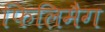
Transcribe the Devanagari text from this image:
फिलिमैग